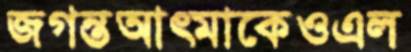
জগন্তআত্মাকেওএল